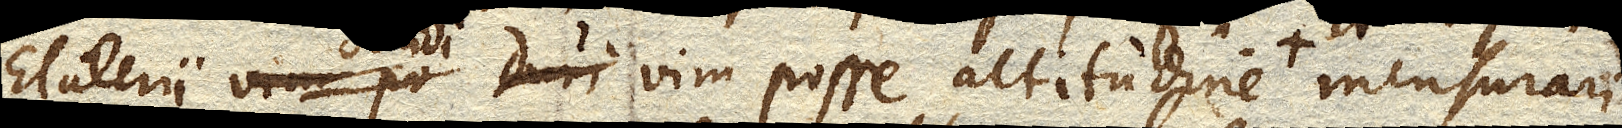
Elaterii vim posse altitudine mensurari